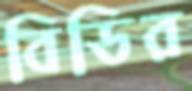
বিডির